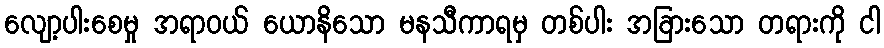
လျော့ပါးစေမှု အရာဝယ် ယောနိသော မနသီကာရမှ တစ်ပါး အခြားသော တရားကို ငါ